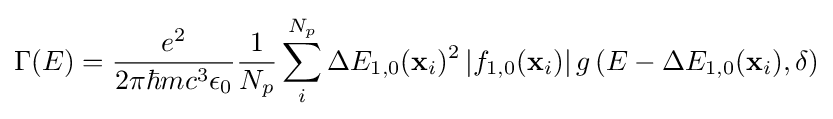
\Gamma (E)={\frac {e^{2}}{2\pi \hbar mc^{3}\epsilon _{0}}}{\frac {1}{N_{p}}}\sum _{i}^{N_{p}}\Delta E_{1,0}(\mathbf {x} _{i})^{2}\left|f_{1,0}(\mathbf {x} _{i})\right|g\left(E-\Delta E_{1,0}(\mathbf {x} _{i}),\delta \right)